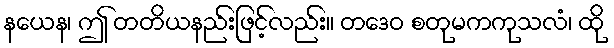
နယေန၊ ဤ တတိယနည်းဖြင့်လည်း။ တဒေဝ စတုမကကုသလံ၊ ထို